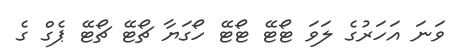
ވަނަ އަހަރުގެ ލަވަ ޓޯޓޭ ޓޯޓޭ ހޯގަޔާ ޗޯޓޭ ޗޯޓޭ ޕެގް ގެ